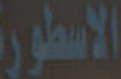
الاسطورة